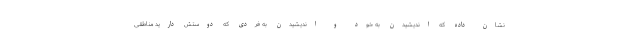
نشان داده که اندیشیدن به خود و اندیشیدن به فردی که دوستش دارید مناطقی